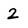
Character: 2